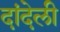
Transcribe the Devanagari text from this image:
दांदेली